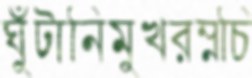
ঘুঁটানিমুখরম্নচি